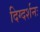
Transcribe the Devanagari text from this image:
दिग्दर्शनः